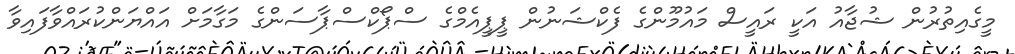
މީގެއިތުރުން ޝުޖާއު އަކީ ރައީސް މައުމޫންގެ ފެކްޝަނުން ޕީޕީއެމްގެ ސްޕޯކްސްޕާސަންގެ މަގާމަށް އައްޔަންކުރައްވާފައިވާ